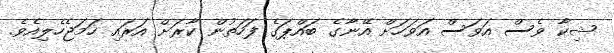
ޝިކާ ވެސް އަވަސް އަވަހަށް އޭނާގެ ބައްޕަގެ ފަހަތުން ކާރަށް އަރައި ހަމަޖެހެލިއެވެ.